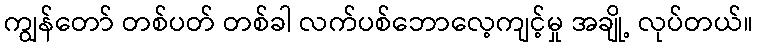
ကျွန်တော် တစ်ပတ် တစ်ခါ လက်ပစ်ဘောလေ့ကျင့်မှု အချို့ လုပ်တယ်။